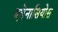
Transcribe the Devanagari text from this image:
एथेनासियोस